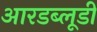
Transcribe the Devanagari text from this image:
आरडब्लूडी